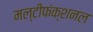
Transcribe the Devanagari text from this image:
मल्टीफंक्शनल